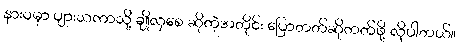
နားဝမှာ ပျားသကာသို့ ချိုလှစေ ဆိုတဲ့အတိုင်း ပြောတတ်ဆိုတတ်ဖို့ လိုပါတယ်။